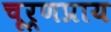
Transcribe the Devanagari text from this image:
चूर्णप्राय